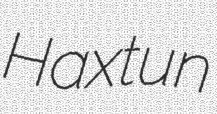
Haxtun